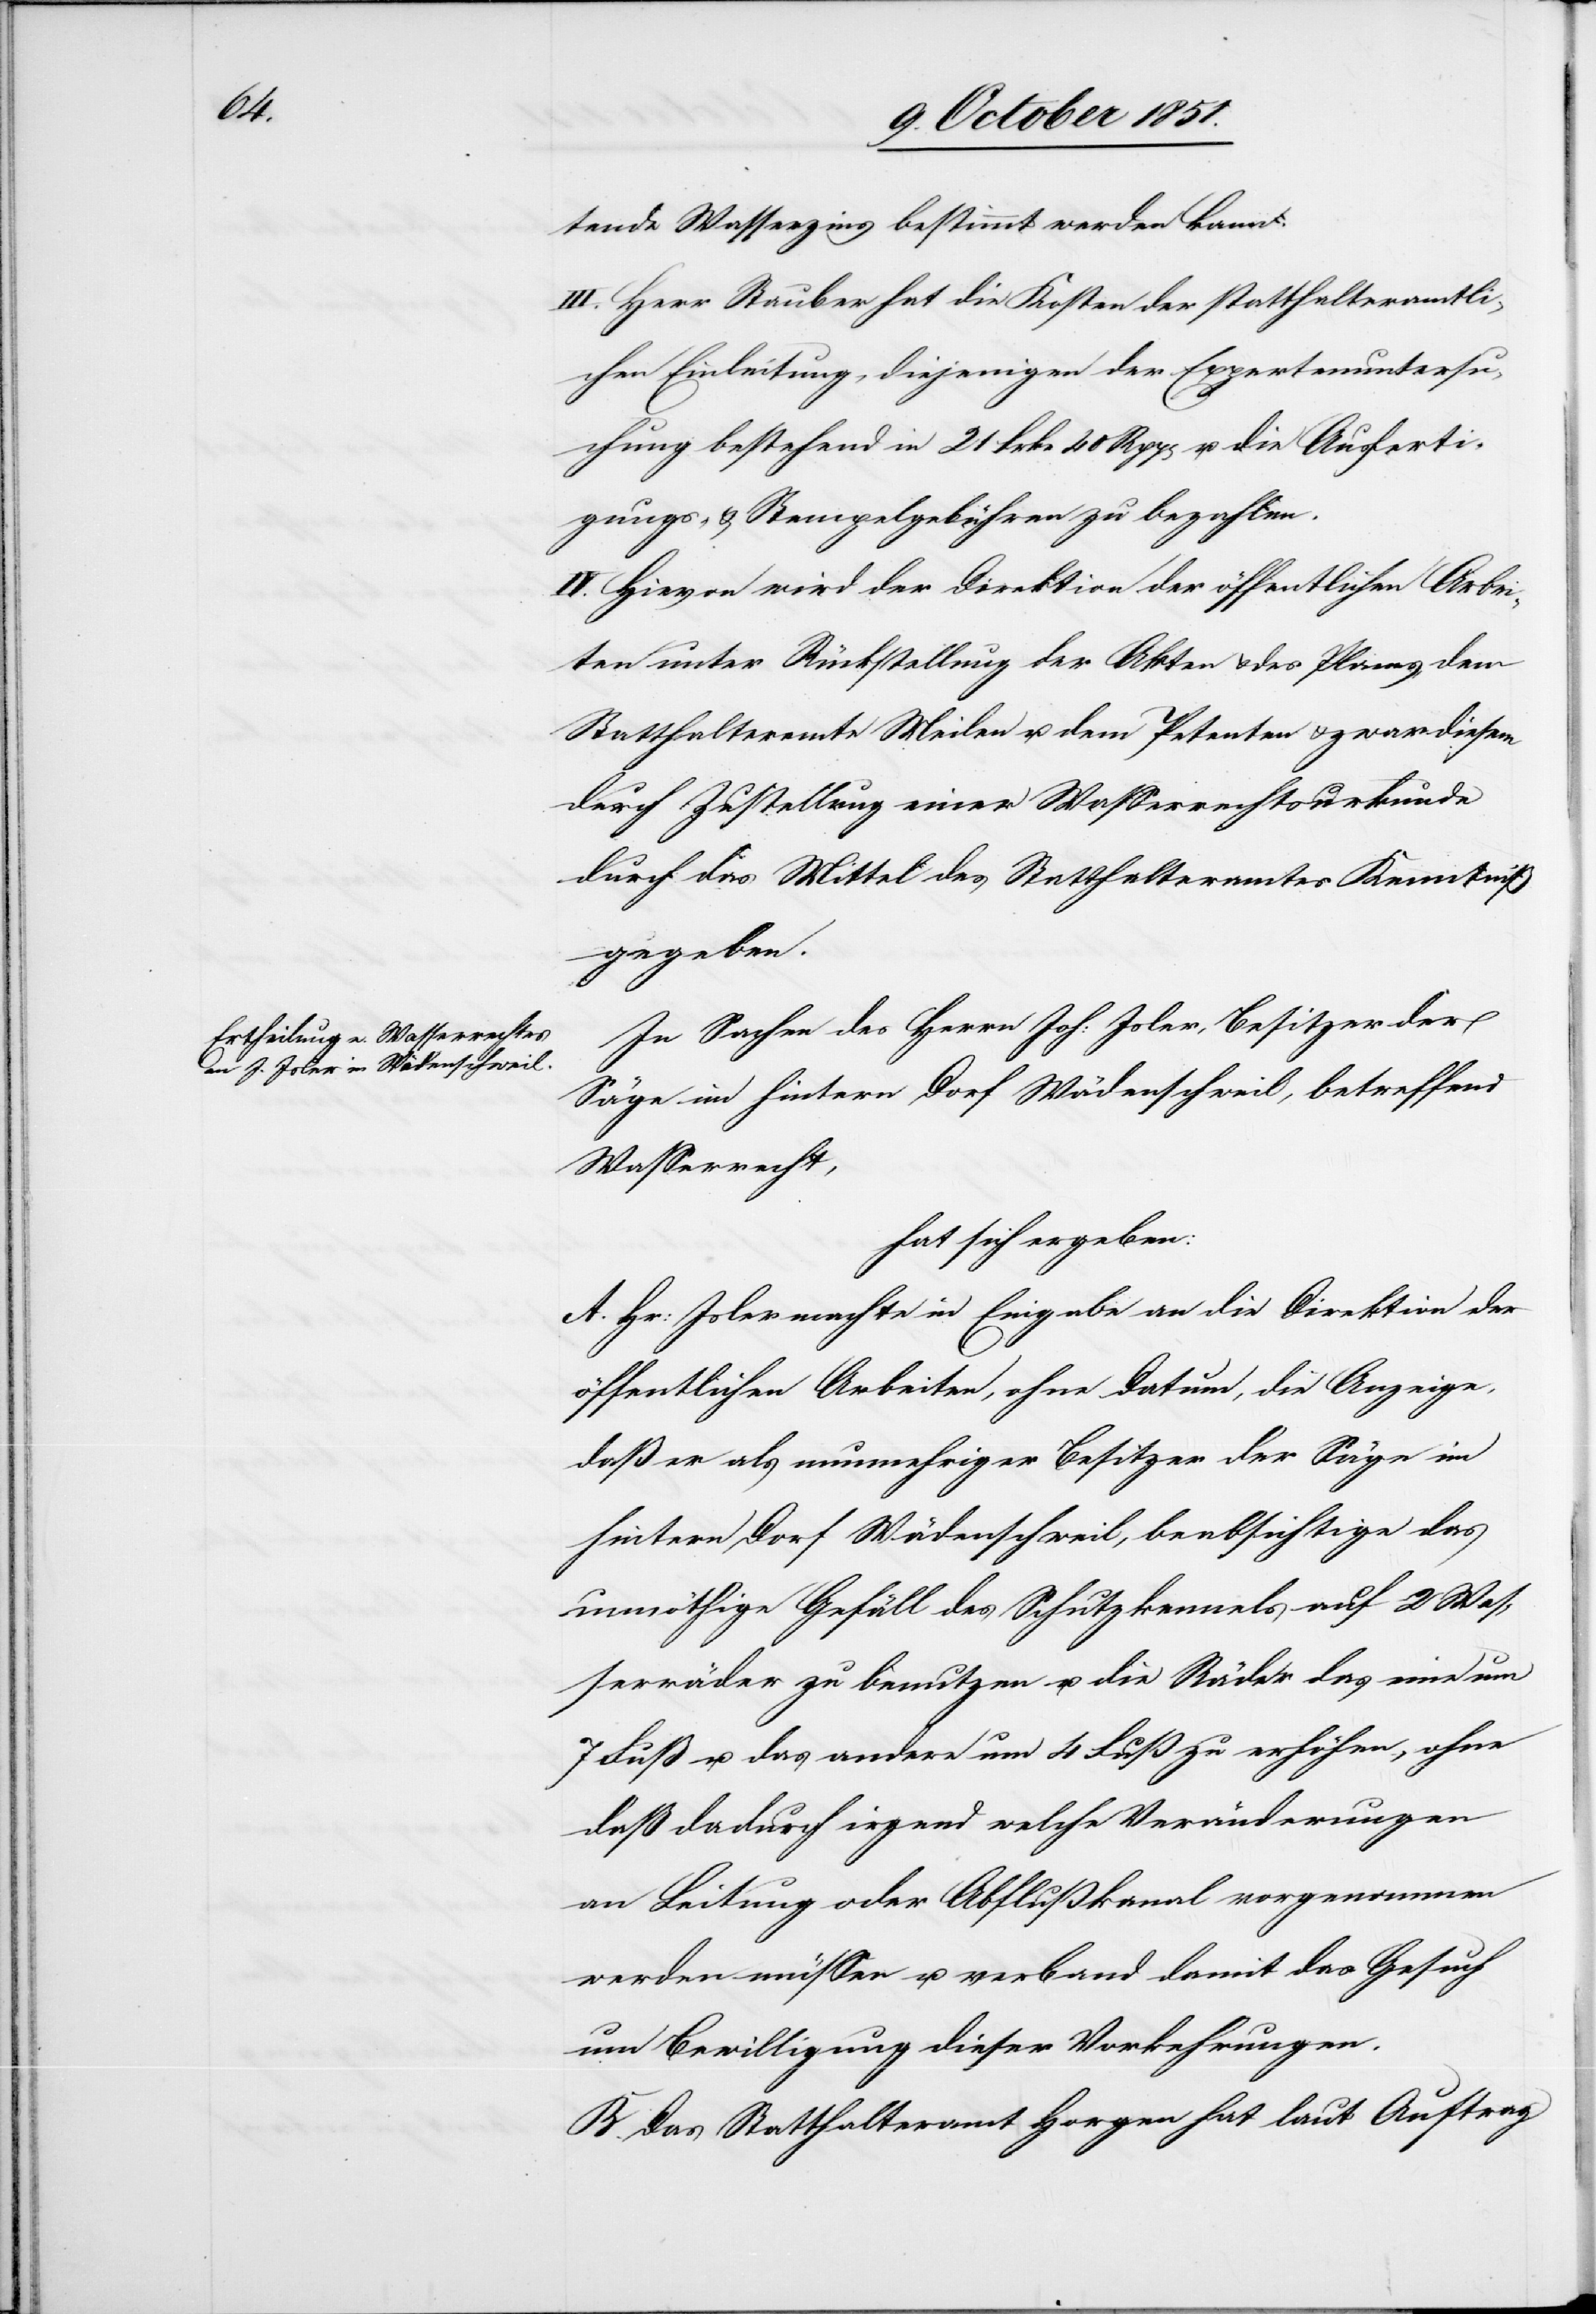
tende Wasserzins bestimmt werden kann.
III. Herr Stauber hat die Kosten der statthalteramtli¬
chen Einleitung, diejenigen der Expertenuntersu¬
chung bestehend in 21 Frkn 40 Rpp[en] u. die Ausferti¬
gungs- & Stempelgebühren zu bezahlen.
IV. Hievon wird der Direktion der öffentlichen Arbei¬
ten unter Rückstellung der Akten & des Planes, dem
Statthalteramte Meilen u. dem Petenten & zwar diesem
durch Zustellung einer Wasserrechtsurkunde
durch das Mittel des Statthalteramtes Kenntniß
gegeben.
In Sachen des Herrn Joh: Isler, Besitzer der
Säge im hintern Dorf Wädenschweil, betreffend
Wasserrecht,
hat sich ergeben:
A. Hr: Isler machte in Eingabe an die Direktion der
öffentlichen Arbeiten, ohne Datum, die Anzeige,
daß er als nunmehriger Besitzer der Säge im
hintern Dorf Wädenschweil, beabsichtige das
unnöthige Gefäll des Schutzkennels auf 2 Was¬
serräder zu benutzen u. die Räder das eine um
7 Fuß u. das andere um 4 Fuß zu erhöhen, ohne
daß dadurch irgend welche Veränderungen
an Leitung oder Abflußkanal vorgenommen
werden müssen u. verband damit das Gesuch
um Bewilligung dieser Vorkehrungen.
B. Das Statthalteramt Horgen hat laut Auftrag